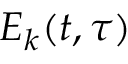
E _ { k } ( t , \tau )